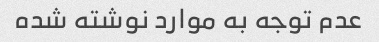
عدم توجه به موارد نوشته شده